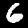
Label: 6